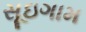
સૂઇગામ